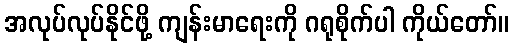
အလုပ်လုပ်နိုင်ဖို့ ကျန်းမာရေးကို ဂရုစိုက်ပါ ကိုယ်တော်။